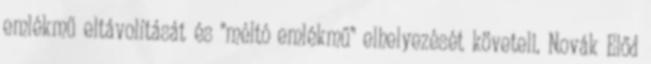
emlékmű eltávolítását és "méltó emlékmű" elhelyezését követeli. Novák Előd